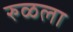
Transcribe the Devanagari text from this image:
रुळला